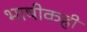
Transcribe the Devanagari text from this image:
भाषीकही